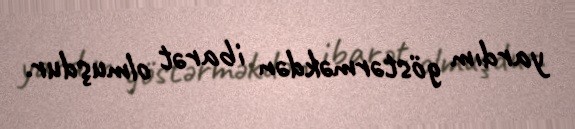
yardım göstərməkdən ibarət olmuşdur.